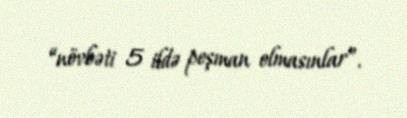
“növbəti 5 ildə peşman olmasınlar”.